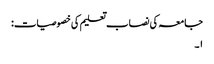
جامعہ کی نصاب تعلیم کی خصوصیات:
۱۔